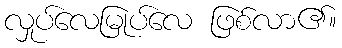
လှုပ်လေမြုပ်လေ ဖြစ်လာ၏။